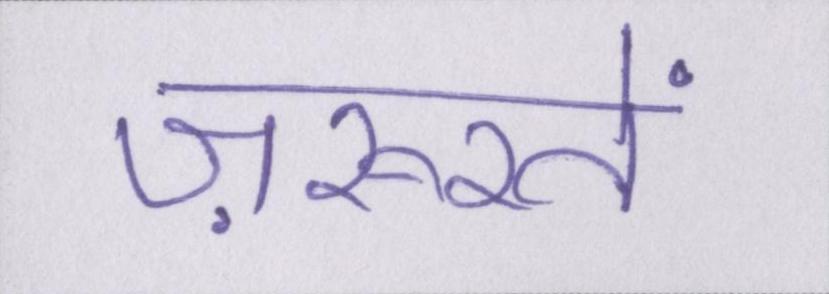
ज़रूरतें